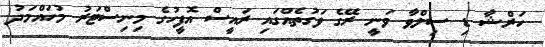
ހަރްޝާ ޑި ސިލްވާ ވަނީ ރޭގެ ވަގުތެއްގައި ރައީސް އޮފީހުގެ މިނިސްޓަރު މުހައްމަދު